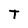
Character: T